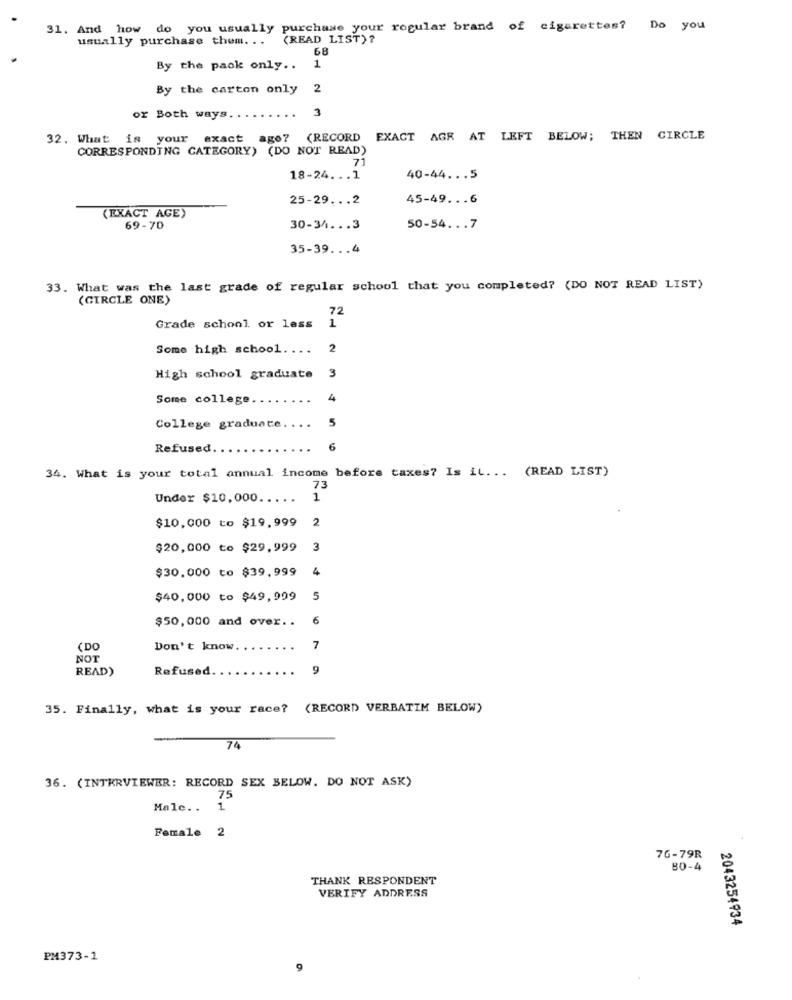
31. And how do you usually purchase your regular brand of cigarettes?
Do you
usually purchase them. . .
(READ LIST)?
68
By the pack only ..
1
By the carton only
2
or Both ways
3
32. What is your exact ago?
(RECORD
EXACT AGR AT LEFT BELOW; THEN CIRCLE
CORRESPONDING CATEGORY) (DO NOT READ)
71
18-24 ... 1
40-44 ... 5
25-29 ... 2
45-49 ... 6
(EXACT AGE)
69-70
30-34 ... 3
50-54 ... 7
35-39 ... 4
33. What was the last grade of regular school that you completed? (DO NOT READ LIST)
(CIRCLE ONE)
72
Grade school or less
1
Some high school ....
2
High school graduate 3
Some college.
4
5
College graduate.
Refused
6
34. What is your total annual income before taxes? Is it ... (READ LIST)
73
Under $10,000.
1
$10,000 to $19,999
2
$20,000 to $29,999
3
$30.000 to $39,999
4
$40,000 to $49,999
5
$50,000 and over ..
6
(DO
Don't know
7
NOT
READ)
Refused.
9
35. Finally, what is your race?
(RECORD VERBATIM BELOW)
74
36. (INTERVIEWER: RECORD SEX BELOW. DO NOT ASK)
75
Male ..
1
Female 2
76-79R
80-4
THANK RESPONDENT
VERIFY ADDRESS
2043254934
PM373-1